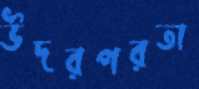
উদরপরতা